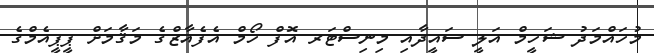
މުހައްމަދު ޝަހީމް އަލީ ސައީދާއި މިނިސްޓަރ އޮފް ހޯމް އެފެއާޒްގެ މަޤާމަށް ޕީޕީއެމްގެ